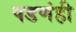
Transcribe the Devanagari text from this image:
पडणंही